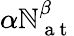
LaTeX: \alpha\mathbb{N}_{\mathrm{{~a~t~}}}^{\beta}